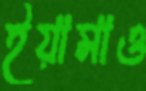
ইয়ামাও